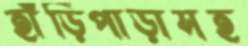
হাঁড়িপাড়াসহ